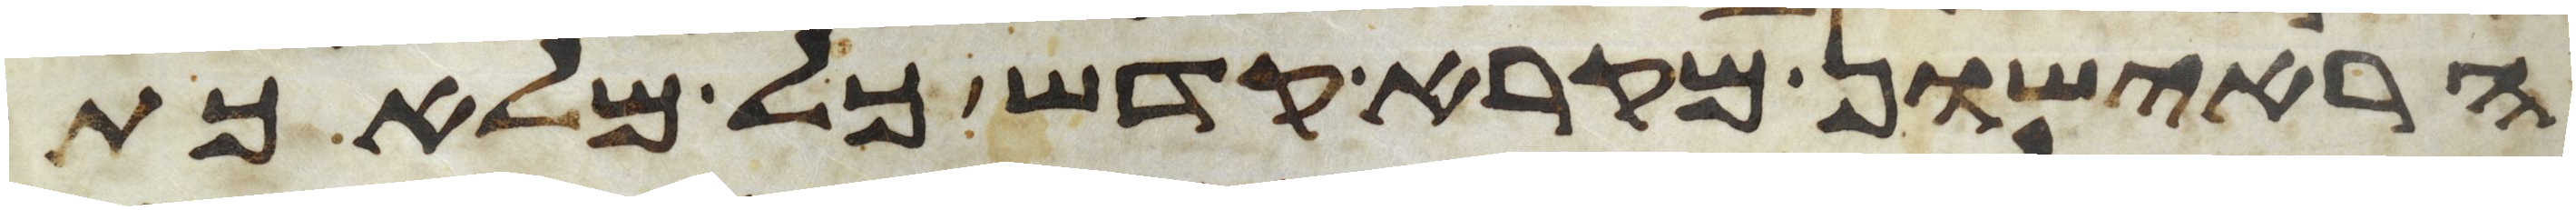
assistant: הראישון מקרא קדש כל מלאכת